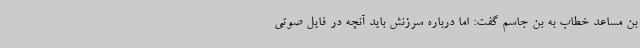
بن مساعد خطاب به بن جاسم گفت: اما درباره سرزنش باید آنچه در فایل صوتی